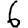
Digit: 6